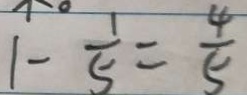
1 - \frac { 1 } { 5 } = \frac { 4 } { 5 }